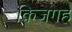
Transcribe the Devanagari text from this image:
किजगह